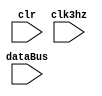
`timescale 1ns / 1ps
module GPU(
    input clk3hz,
    input clr,
    input [15:0] dataBus
    );

    reg [31:0] msgArray;
    parameter NUMBER = 32'h42024137;

    assign dataBus = msgArray[31:16];

    always @(posedge clk3hz or negedge clr) begin
        if (!clr)
            msgArray <= NUMBER;
        else begin
            msgArray[3:0] <= msgArray[31:28];
            msgArray[31:4] <= msgArray[27:0];
        end        
    end

endmodule